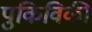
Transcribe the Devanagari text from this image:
पुकिविकी